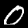
Label: 0